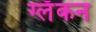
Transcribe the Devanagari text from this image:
ग्लॅकन